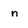
Character: n